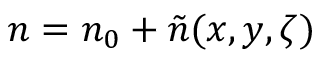
n = n _ { 0 } + \tilde { n } ( x , y , \zeta )